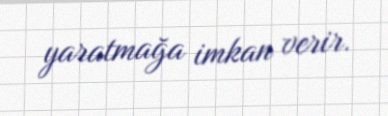
yaratmağa imkan verir.